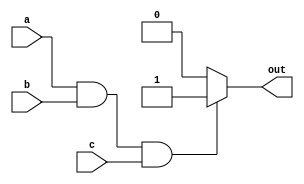
module three_input_and_gate (
    input wire a,
    input wire b,
    input wire c,
    output reg out
);

always @(*) begin
    if (a & b & c) begin
        out = 1'b1;
    end else begin
        out = 1'b0;
    end
end

endmodule